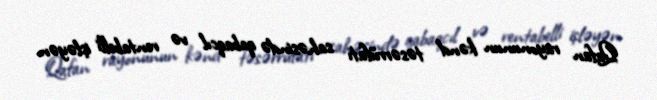
Qafan rayonunun kənd təsərrüfatı sahəsində qabaqcıl və rentabelli işləyən